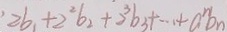
2 b _ { 1 } + 2 ^ { 2 } b _ { 2 } + 2 ^ { 3 } b _ { 3 } + \cdots + a ^ { n } b _ { n }